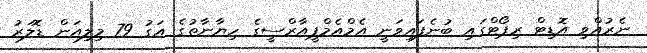
ނެރުއްވި އޮޑިޓް ރިޕޯޓްގައި ބުނެފައިވަނީ އެމްއެމްޕީއާރްސީގެ ހިޔާނާތުގެ އަގު 79 މިލިއަން ޑޮލަރު